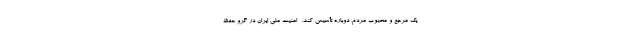
یک مرجع و محبوب مردم، دوباره تأسیس کند. -امنیت ملی ایران در گرو حفظ